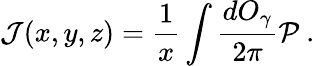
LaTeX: \mathcal{J}(x,y,z)=\frac{1}{x}\int\frac{dO_{\gamma}}{2\pi}\mathcal{P}\ .